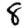
Digit: 8